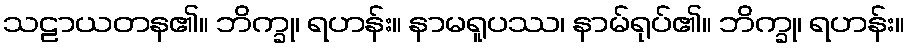
သဠာယတန၏။ ဘိက္ခု၊ ရဟန်း။ နာမရူပဿ၊ နာမ်ရုပ်၏။ ဘိက္ခု၊ ရဟန်း။